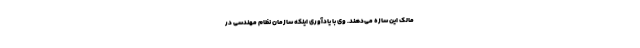
مالک این سازه می‌دهند. وی با یادآوری اینکه سازمان نظام مهندسی در